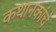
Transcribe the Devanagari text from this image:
कथानकांचे